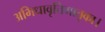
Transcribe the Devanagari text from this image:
अभिधावृत्तिमातृका।